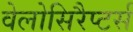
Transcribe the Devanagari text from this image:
वेलोसिरैप्टर्स